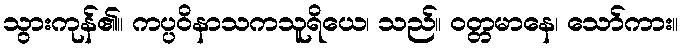
သွားကုန်၏။ ကပ္ပဝိနာသကသူရိယေ၊ သည်။ ဝတ္တမာနေ၊ သော်ကား။